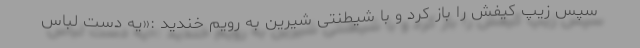
سپس زیپ کیفش را باز کرد و با شیطنتی شیرین به رویم خندید :«یه دست لباس